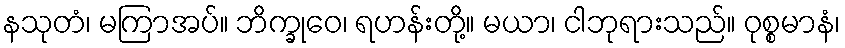
နသုတံ၊ မကြာအပ်။ ဘိက္ခုဝေ၊ ရဟန်းတို့။ မယာ၊ ငါဘုရားသည်။ ဝုစ္စမာနံ၊